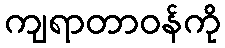
ကျရာတာဝန်ကို